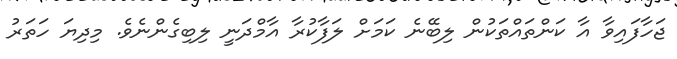
ޖަހާފައިވާ އާ ކަންތައްތަކުން ލިބޭނެ ކަމަށް ލަފާކުރާ އާމްދަނީ ލިބިގެންނެވެ. މިދިޔަ ހަތަރު